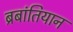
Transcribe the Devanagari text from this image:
ब्रबांतियान